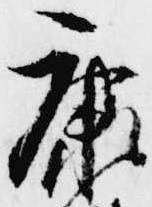
康